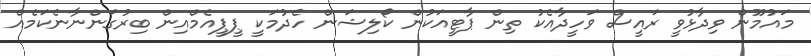
މައުމޫން ވިދާޅުވީ ރައީސް ވަހީދާއެކު ތިން ޕާޓީއަކުން ކޯލިޝަން ހެދުމަކީ ޕީޕީއެމްއިން ބިރުގަންނާނެކަމެއް